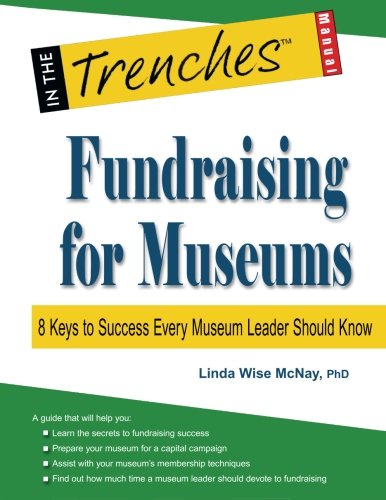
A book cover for Fundraising for Museums: 8 Keys to Success Every Museum Leader Should Know; Linda Wise McNay; Business & Money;